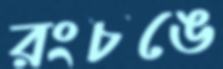
রংচঙে